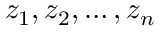
z _ { 1 } , z _ { 2 } , \dots , z _ { n }